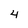
Character: 4